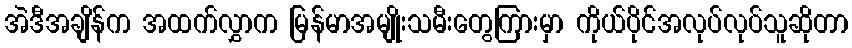
အဲဒီအချိန်က အထက်လွှာက မြန်မာအမျိုးသမီးတွေကြားမှာ ကိုယ်ပိုင်အလုပ်လုပ်သူဆိုတာ